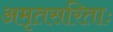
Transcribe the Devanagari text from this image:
अमृतसरिताः